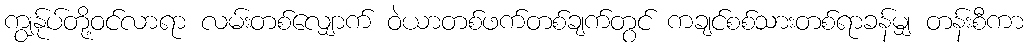
ကျွန်ုပ်တို့ဝင်လာရာ လမ်းတစ်လျှောက် ဝဲယာတစ်ဖက်တစ်ချက်တွင် ကချင်စစ်သားတစ်ရာခန်မျှ တန်းစီကာ